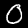
Digit: 0